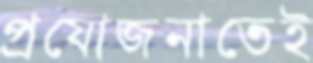
প্রযোজনাতেই